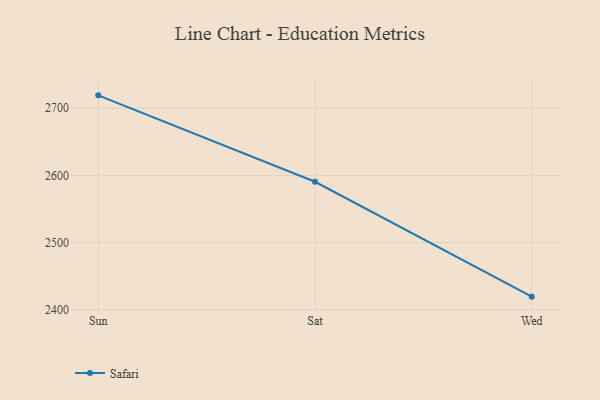
{"axis": {"x": "Day", "y": "Active Users"}, "legend": ["Safari"], "data": [{"x": "Sun", "y": 2719.0, "type": "Safari"}, {"x": "Sat", "y": 2590.4, "type": "Safari"}, {"x": "Wed", "y": 2419.5, "type": "Safari"}]}